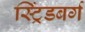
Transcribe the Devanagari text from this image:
स्ट्रिंडबर्ग